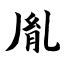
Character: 胤